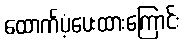
ထောက်ပံ့ပေးထားကြောင်း